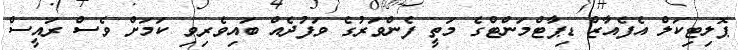
ޕޮލިޓިކަލް އެފެއާޒް ޑިޕާޓްމަންޓްގެ މަތީ ފެންވަރުގެ ވަފުދެއް ބައިވެރިވި ކަމަށް ވެސް ރައީސް